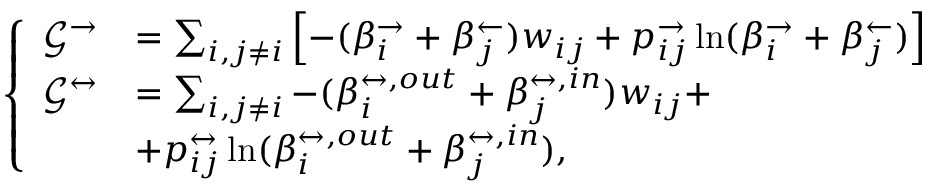
\left\{ \begin{array} { l l } { \mathcal { G } ^ { \rightarrow } } & { = \sum _ { i , j \neq i } \left[ - ( \beta _ { i } ^ { \rightarrow } + \beta _ { j } ^ { \leftarrow } ) w _ { i j } + p _ { i j } ^ { \rightarrow } \ln ( \beta _ { i } ^ { \rightarrow } + \beta _ { j } ^ { \leftarrow } ) \right] } \\ { \mathcal { G } ^ { \leftrightarrow } } & { = \sum _ { i , j \neq i } - ( \beta _ { i } ^ { \leftrightarrow , o u t } + \beta _ { j } ^ { \leftrightarrow , i n } ) w _ { i j } + } \\ & { + p _ { i j } ^ { \leftrightarrow } \ln ( \beta _ { i } ^ { \leftrightarrow , o u t } + \beta _ { j } ^ { \leftrightarrow , i n } ) , } \end{array} \right.